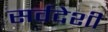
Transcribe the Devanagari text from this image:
सर्वदेशी